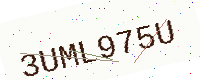
Text: 3UML975U